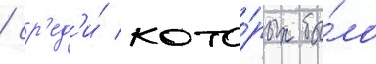
/ ср'ед'и́ кото́рых бы́ло